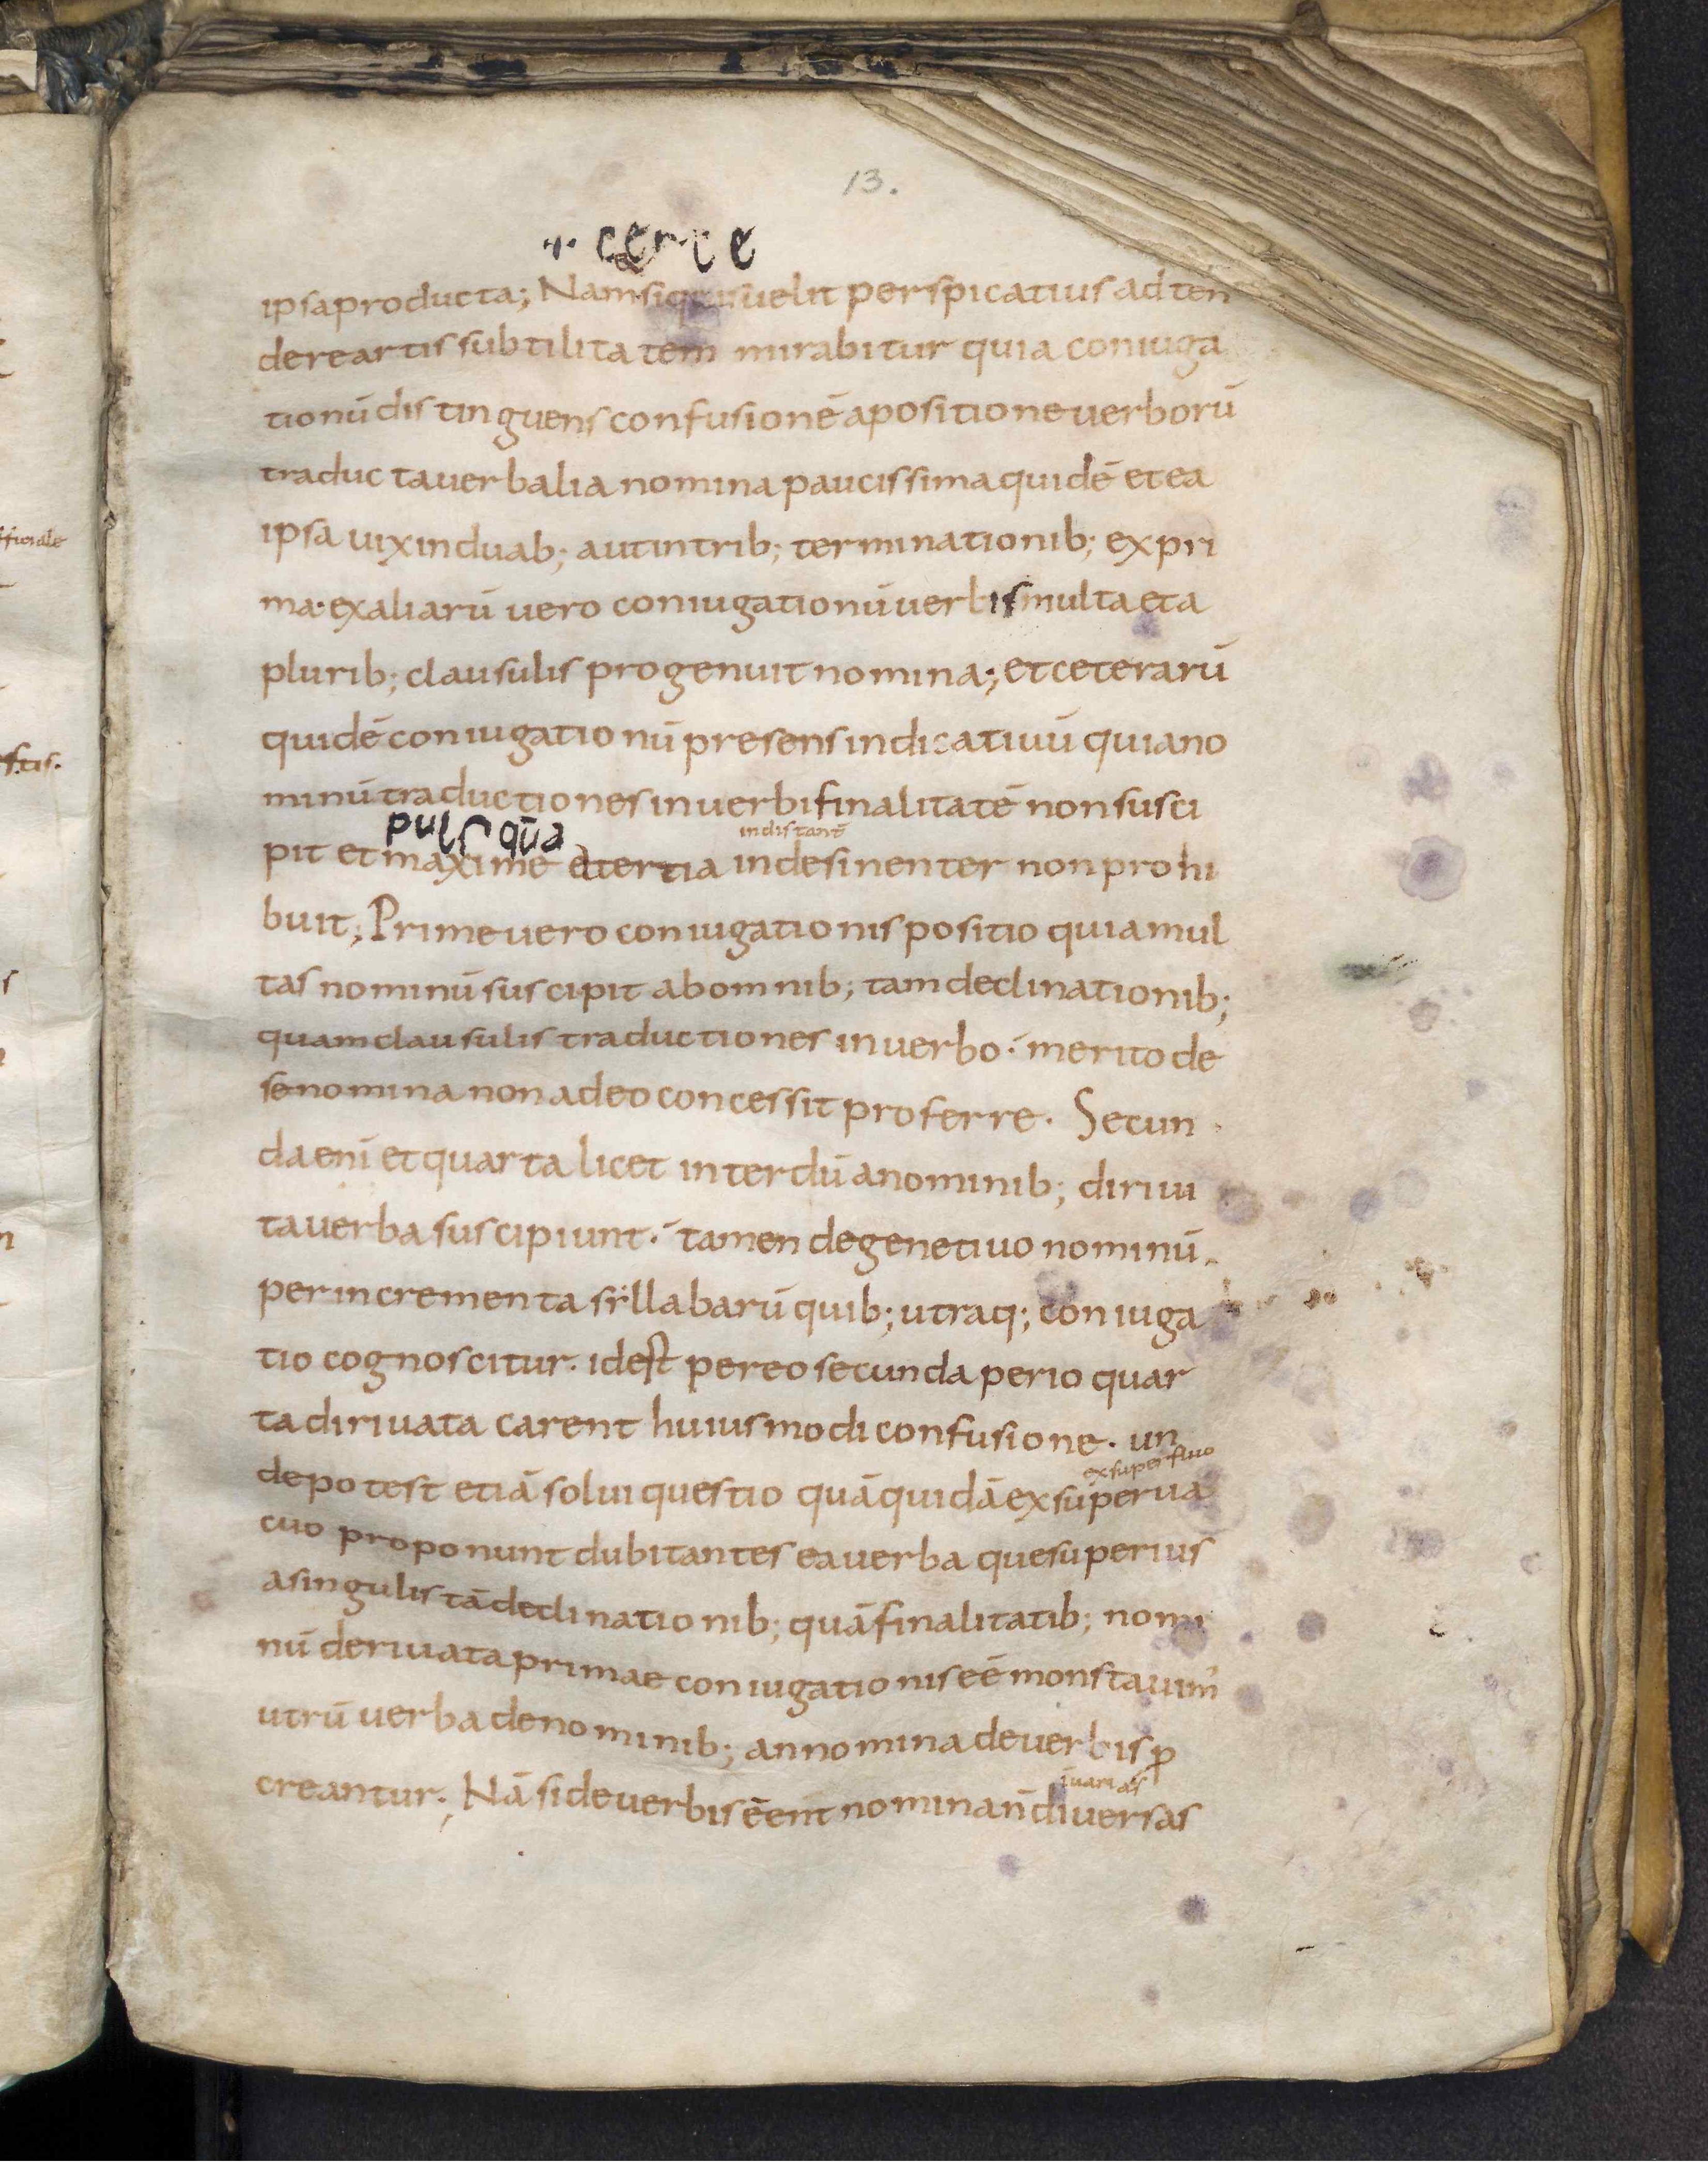
Shelfmark: Leiden, Bibliotheek der Rijksuniversiteit, Voss. Lat. O 41
Century: 9